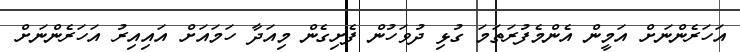
އަހަރެންނަށް އަމީން އެންމެފުރަތަމަ ގުޅި ދުވަހުން ފެށިގެން މިއަދާ ހަމައަށް އައިއިރު އަހަރެންނަށް